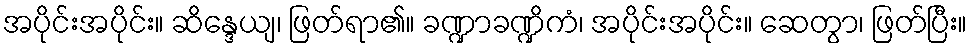
အပိုင်းအပိုင်း။ ဆိန္ဒေယျ၊ ဖြတ်ရာ၏။ ခဏ္ဍာခဏ္ဍိကံ၊ အပိုင်းအပိုင်း။ ဆေတွာ၊ ဖြတ်ပြီး။